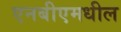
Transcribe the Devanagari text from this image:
एनबीएमधील